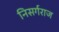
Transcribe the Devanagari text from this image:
निसर्गराज